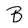
Character: B